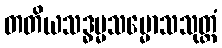
တတိယသဒ္ဓမ္မသမ္မောသသုတ္တံ